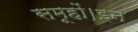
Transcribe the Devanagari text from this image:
समूहों।इन